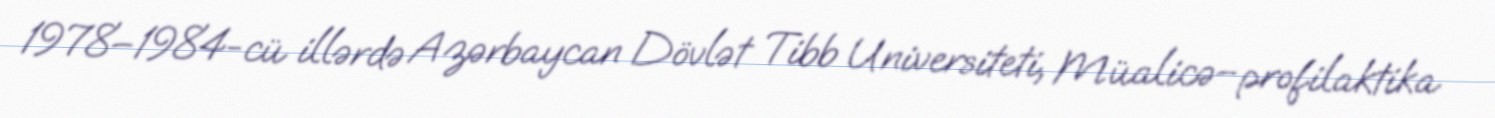
1978–1984-cü illərdə Azərbaycan Dövlət Tibb Universiteti, Müalicə–profilaktika